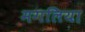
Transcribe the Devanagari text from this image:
मगलिया